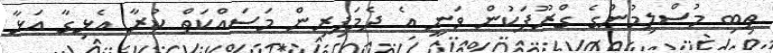
ތިބި މުސްލިމުންގެ ގްރޫޕަކުން ވަނީ އެ ދެމަފިރިން މަސައްކަތް ކުރާ އެޅިގާ އަޅާ